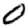
Digit: 0